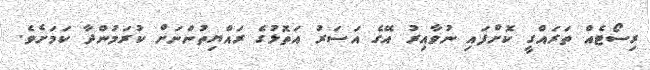
ރިސޯޓެއް ތަރައްގީ ކޮށްފައި ނުވާއިރު އޭގެ އަސަރު އަތޮޅުގެ ރައްޔިތުންނަށް ކުރަމުންދާ ކަމަށެވެ.